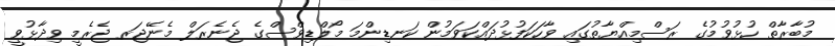
މުބާރާތް ހުޅުވުމުގެ ރަސްމިއްޔާތުގައި ވާހަކަފުޅުދައްކަވަމުން ކަނޑިންމަ މޯލްޑިވްސްގެ ޖެނެރަލް މެނޭޖަރ ޖެރެމީ ވިދާޅުވީ